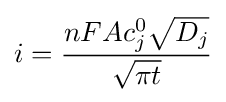
i={\frac {nFAc_{j}^{0}{\sqrt {D_{j}}}}{\sqrt {\pi t}}}